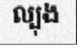
ល្បុង